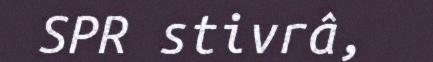
SPR stivrâ,